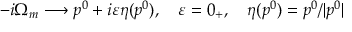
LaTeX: - i \Omega _ { m } \longrightarrow p ^ { 0 } + i \varepsilon \eta ( p ^ { 0 } ) , \ \ \ \varepsilon = 0 _ { + } , \ \ \ \eta ( p ^ { 0 } ) = p ^ { 0 } / | p ^ { 0 } |